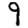
Digit: 9